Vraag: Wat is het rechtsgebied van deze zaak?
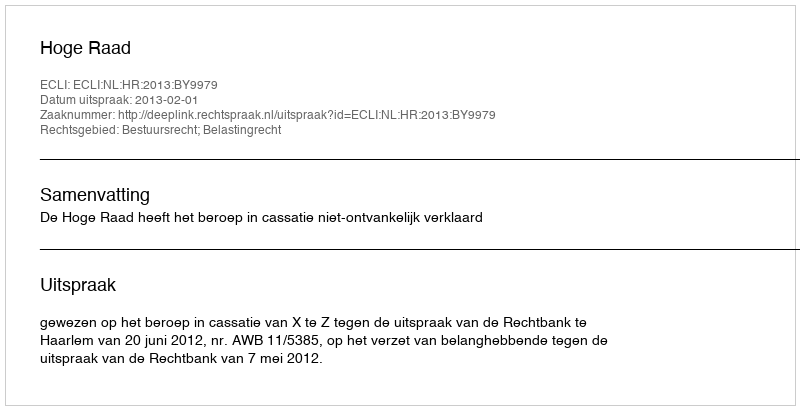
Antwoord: Bestuursrecht; Belastingrecht